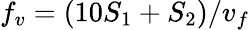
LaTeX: f_{v}=(10S_{1}+S_{2})/v_{f}